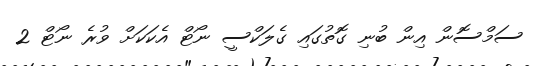
ސަމްސޮން އިން ބުނި ގޮތުގައި ގެލަކްސީ ނޯޓް އެކަކަށް ވުރެ ނޯޓް 2